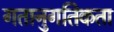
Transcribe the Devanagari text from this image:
गतानुगतिकता